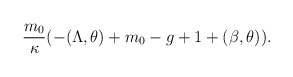
\begin{align*}\frac{m_0}{\kappa}(-(\Lambda,\theta)+m_0-g+1+(\beta,\theta)).\end{align*}